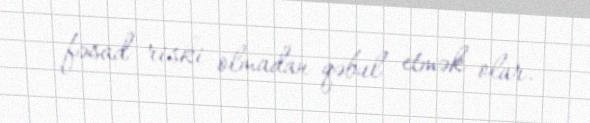
fəsad riski olmadan qəbul etmək olar.